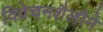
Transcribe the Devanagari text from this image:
विवेचनशैलीने